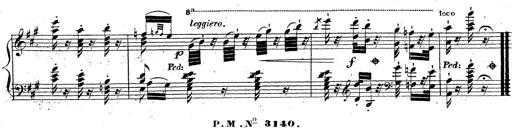
Title: Grande fantaisie sur la tyrolienne de l'opÃ©ra
Composer: Franz Liszt
Key: A major